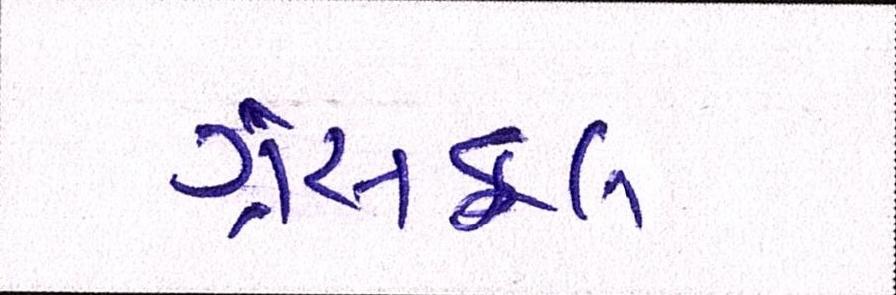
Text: ગ્રેસફૂલ